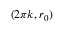
( 2 \pi k , r _ { 0 } )